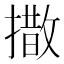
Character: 𪮫